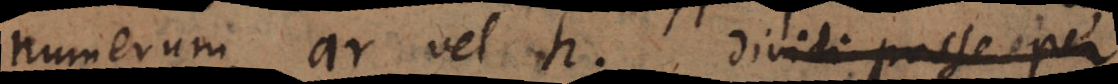
numerum ar vel h dividi posse per